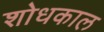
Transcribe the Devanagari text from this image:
शोधकाल